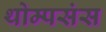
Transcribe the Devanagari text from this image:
थोम्पसंस